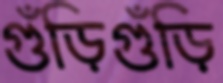
গুঁড়িগুঁড়ি